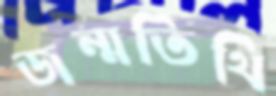
জন্মতিথি